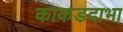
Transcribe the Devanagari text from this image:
काकडदाभा